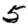
Digit: 5